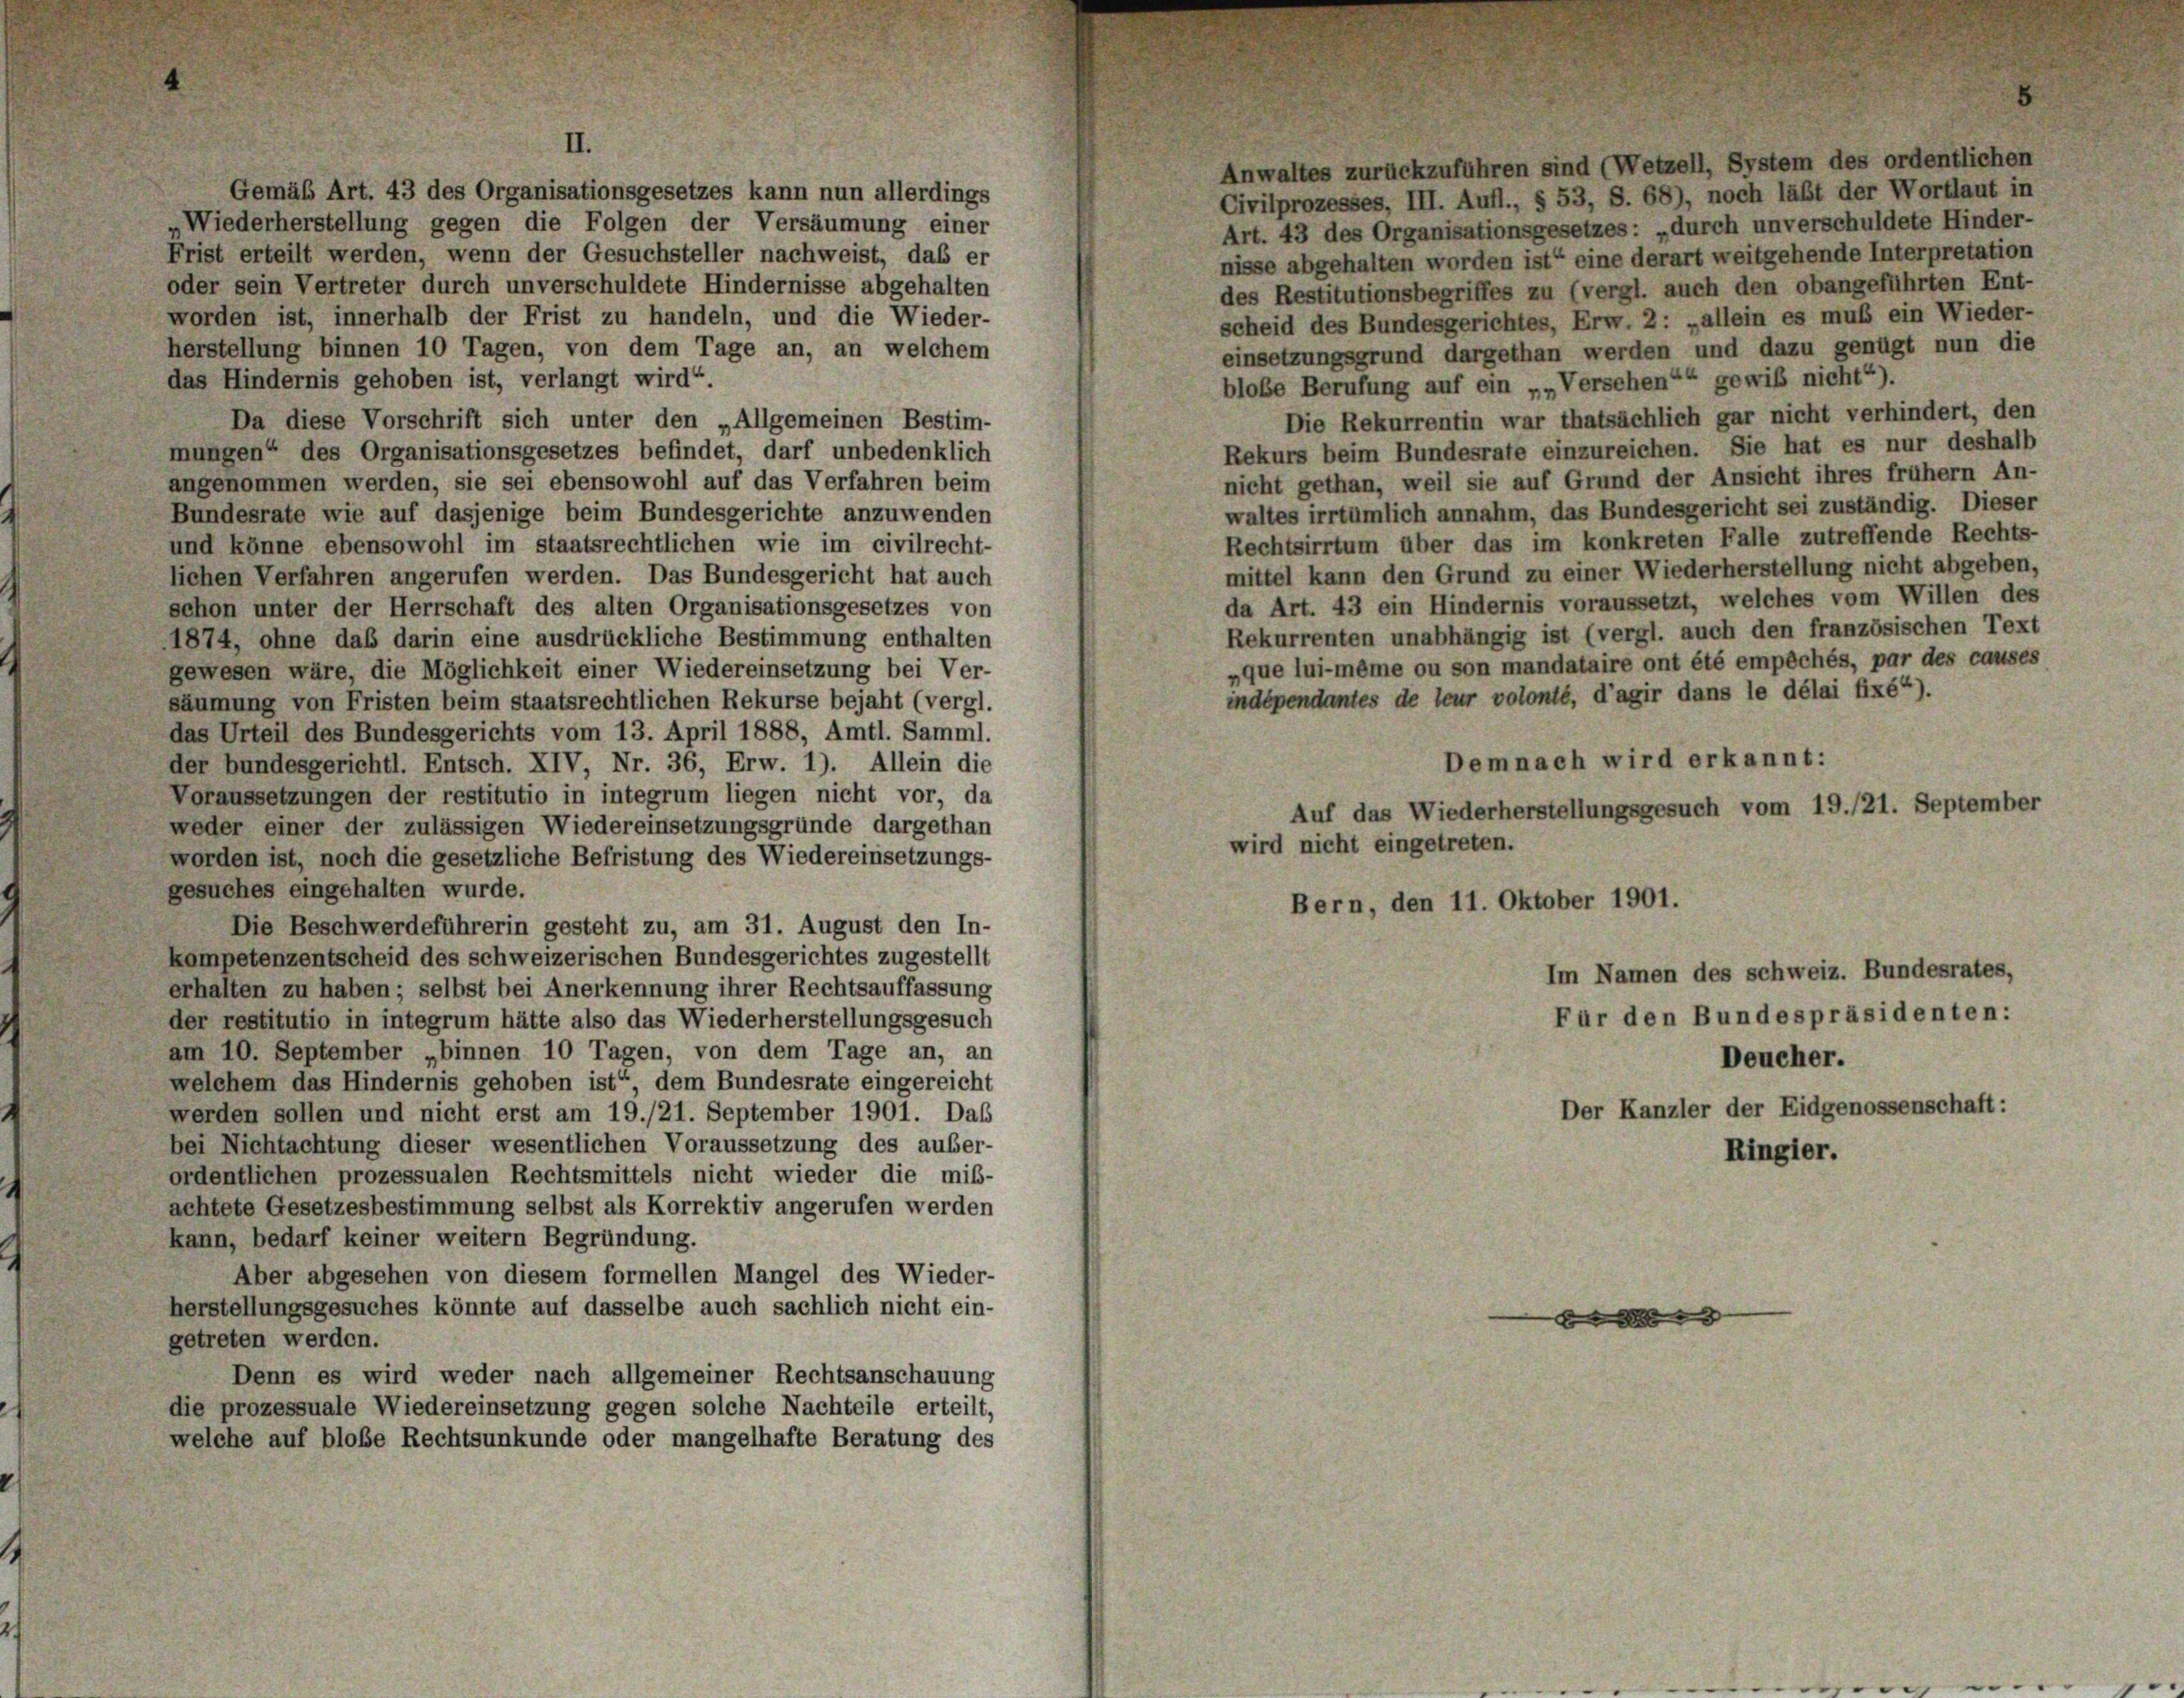
t

0

Gemäß Art. 43 des Organisationsgesetzes kann nun allerdings
Civilprozesses, III. Aufl., § 53, S. 68), noch läßt der Wortlaut in
Wiederherstellung gegen die Folgen der Versäumung einer
Art. 43 des Organisationsgesetzes: „durch unverschuldete Hinder-
Frist erteilt werden, wenn der Gesuchsteller nachweist, das er
nisse abgehalten worden ist“ eine derart weitgehende Interpretation
oder sein Vertreter durch unverschuldete Hindernisse abgehalten
des Restitutionsbegriffes zu (vergl. auch den obangeführten Ent-
worden ist, innerhalb der Frist zu handeln, und die Wieder-
scheid des Bundesgerichtes, Erw. 2: „allein es muß ein Wieder-
herstellung binnen 10 Tagen, von dem Tage an, an welchem
einsetzungsgrund dargethan werden und dazu genügt nun die
das Hindernis gehoben ist, verlangt wird“.
blobe Berufung auf ein „„Versehen““ gewiß nicht“).
Die Rekurrentin war thatsächlich gar nicht verhindert, den
Da diese Vorschrift sich unter den „Allgemeinen Bestim-
Rekurs beim Bundesrate einzureichen. Sie hat es nur deshalb
mungen“ des Organisationsgesetzes befindet, darf unbedenklich
nicht gethan, weil sie auf Grund der Ansicht ihres frühem An-
angenommen werden, sie sei ebensowohl auf das Verfahren beim
waltes irrtümlich annahm, das Bundesgericht sei zuständig. Dieser
Bundesrate wie auf dasjenige beim Bundesgerichte anzuwenden
Rechtsirrtum über das im konkreten Falle zutreffende Rechts-
und könne ebensowohl im staatsrechtlichen wie im civilrecht-
mittel kann den Grund zu einer Wiederherstellung nicht abgeben,
lichen Verfahren angerufen werden. Das Bundesgericht hat auch
da Art. 43 ein Hindernis voraussetzt, welches vom Willen des
schon unter der Herrschaft des alten Organisationsgesetzes von
Rekurrenten unabhängig ist (vergl. auch den französischen Text
1874, ohne das darin eine ausdrückliche Bestimmung enthalten
„que lui-même ou son mandataire ont été empêchés, par des causes
gewesen wäre, die Möglichkeit einer Wiedereinsetzung bei Ver-
indépendantes de leur volonté, d’agir dans le délai fixé“).
säumung von Fristen beim staatsrechtlichen Rekurse bejaht (vergl.
das Urteil des Bundesgerichts vom 13. April 1888, Amtl. Samml.
Demnach wird erkannt:
der bundesgerichtl. Entsch. XIV, Nr. 36, Erw. 1). Allein die
Voraussetzungen der restitutio in integrum liegen nicht vor, da
Auf das Wiederherstellungsgesuch vom 19./21. September
weder einer der zulässigen Wiedereinsetzungsgründe dargethan
wird nicht eingetreten.
worden ist, noch die gesetzliche Befristung des Wiedereinsetzungs-
gesuches eingehalten wurde.
Bern, den 11. Oktober 1901.
Die Beschwerdeführerin gesteht zu, am 31. August den In-
kompetenzentscheid des schweizerischen Bundesgerichtes zugestellt
Im Namen des schweiz. Bundesrates,
erhalten zu haben; selbst bei Anerkennung ihrer Rechtsauffassung
Für den Bundespräsidenten:
der restitutio in integrum hätte also das Wiederherstellungsgesuch
am 10. September „binnen 10 Tagen, von dem Tage an, an
Deucher.
welchem das Hindernis gehoben ist“, dem Bundesrate eingereicht
Der Kanzler der Eidgenossenschaft:
werden sollen und nicht erst am 19./21. September 1901. Das
bei Nichtachtung dieser wesentlichen Voraussetzung des auser-
Ringier.
ordentlichen prozessualen Rechtsmittels nicht wieder die miß-
achtete Gesetzesbestimmung selbst als Korrektiv angerufen werden
kann, bedarf keiner weitern Begründung.
Aber abgesehen von diesem formellen Mangel des Wieder-
herstellungsgesuches könnte auf dasselbe auch sachlich nicht ein-

getreten werden.
Denn es wird weder nach allgemeiner Rechtsanschauung
die prozessuale Wiedereinsetzung gegen solche Nachteile erteilt,
welche auf bloße Rechtsunkunde oder mangelhafte Beratung des

8